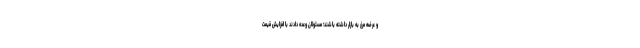
و عرضه مرغ به بازار داشته باشند؛ مسئولان وعده دادند با افزایش قیمت